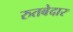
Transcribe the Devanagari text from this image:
रुतबेदार